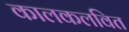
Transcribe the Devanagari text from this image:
कालकलवित